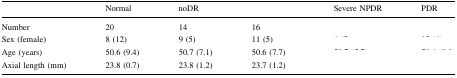
<table><thead><tr><td>[EMPTY_CELL]</td><td><b>Normal</b></td><td><b>noDR</b></td><td>[EMPTY_CELL]</td><td><b>Severe NPDR</b></td><td><b>PDR</b></td></tr></thead><tbody><tr><td>Number</td><td>20</td><td>14</td><td>16</td><td>[EMPTY_CELL]</td><td>[EMPTY_CELL]</td></tr><tr><td>Sex (female)</td><td>8 (12)</td><td>9 (5)</td><td>11 (5)</td><td>[EMPTY_CELL]</td><td>[EMPTY_CELL]</td></tr><tr><td>Age (years)</td><td>50.6 (9.4)</td><td>50.7 (7.1)</td><td>50.6 (7.7)</td><td>[EMPTY_CELL]</td><td>[EMPTY_CELL]</td></tr><tr><td>Axial length (mm)</td><td>23.8 (0.7)</td><td>23.8 (1.2)</td><td>23.7 (1.2)</td><td>[EMPTY_CELL]</td><td>[EMPTY_CELL]</td></tr></tbody></table>